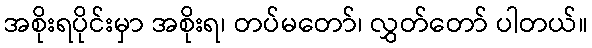
အစိုးရပိုင်းမှာ အစိုးရ၊ တပ်မတော်၊ လွှတ်တော် ပါတယ်။